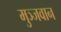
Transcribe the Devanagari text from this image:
मुञ्जवान